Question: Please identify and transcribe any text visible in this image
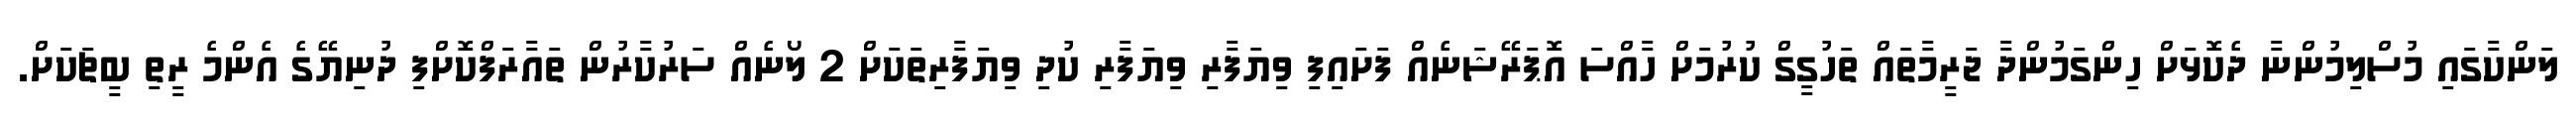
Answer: ލަންކާގައި މުސްލިމުންނާ ދެކޮޅަށް ހިންގަމުންދާ ޖަރީމާތައް ތަހުގީގް ކުރުމަށް ހާއްސަ އޮޕަރޭޝަނެއް ފަށައިފި ވިޔަފާރި ވިޔަފާރި ކުދި ވިޔަފާރިތަކަށް 2 ލޯނެއް ސަރުކާރުން ތައާރަފްކޮށްފި ދުނިޔޭގެ އެންމެ ރީތި ބީޗަކަށް.